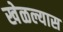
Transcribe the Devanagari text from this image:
खेळल्यास